Annual report of the Punjab Veterinary College and of the Civil Veterinary Department, Punjab - 1920-1925
Year: 1920
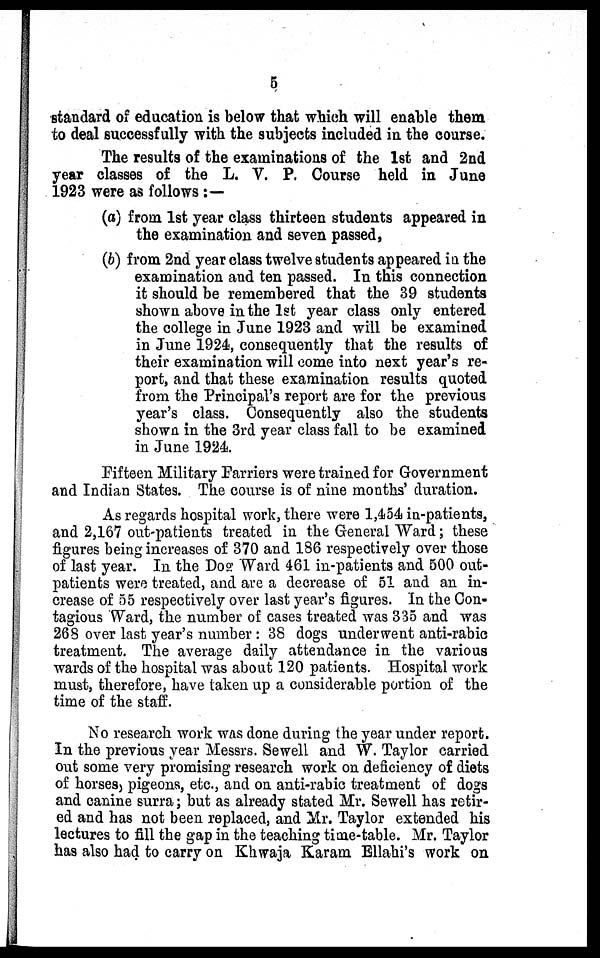
5
standard of education is below that which will enable them
to deal successfully with the subjects included in the course.
The results of the examinations of the 1st and 2nd
year classes of the L. V. P. Course held in June
1923 were as follows:—
(a) from 1st year class thirteen students appeared in
the examination and seven passed,
(b) from 2nd year class twelve students appeared in the
examination and ten passed. In this connection
it should be remembered that the 39 students
shown above in the 1st year class only entered
the college in June 1923 and will be examined
in June 1924, consequently that the results of
their examination will come into next year's re-
port, and that these examination results quoted
from the Principal's report are for the previous
year's class. Consequently also the students
shown in the 3rd year class fall to be examined
in June 1924.
Fifteen Military Farriers were trained for Government
and Indian States. The course is of nine months' duration.
As regards hospital work, there were 1,454 in-patients,
and 2,167 out-patients treated in the General Ward; these
figures being increases of 370 and 186 respectively over those
of last year. In the Dog Ward 461 in-patients and 500 out-
patients were treated, and are a decrease of 51 and an in-
crease of 55 respectively over last year's figures. In the Con-
tagious Ward, the number of cases treated was 335 and was
268 over last year's number: 38 dogs underwent anti-rabic
treatment. The average daily attendance in the various
wards of the hospital was about 120 patients. Hospital work
must, therefore, have taken up a considerable portion of the
time of the staff.
No research work was done during the year under report.
In the previous year Messrs. Sewell and W. Taylor carried
out some very promising research work on deficiency of diets
of horses, pigeons, etc., and on anti-rabic treatment of dogs
and canine surra; but as already stated Mr. Sewell has retir-
ed and has not been replaced, and Mr. Taylor extended his
lectures to fill the gap in the teaching time-table. Mr. Taylor
has also had to carry on Khwaja Karam Ellahi's work on